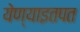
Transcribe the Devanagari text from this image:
येण्याइतपत